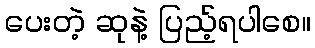
ပေးတဲ့ ဆုနဲ့ ပြည့်ရပါစေ။